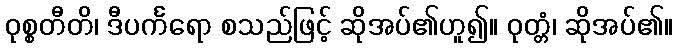
ဝုစ္စတီတိ၊ ဒီပင်္ကရော စသည်ဖြင့် ဆိုအပ်၏ဟူ၍။ ဝုတ္တံ၊ ဆိုအပ်၏။